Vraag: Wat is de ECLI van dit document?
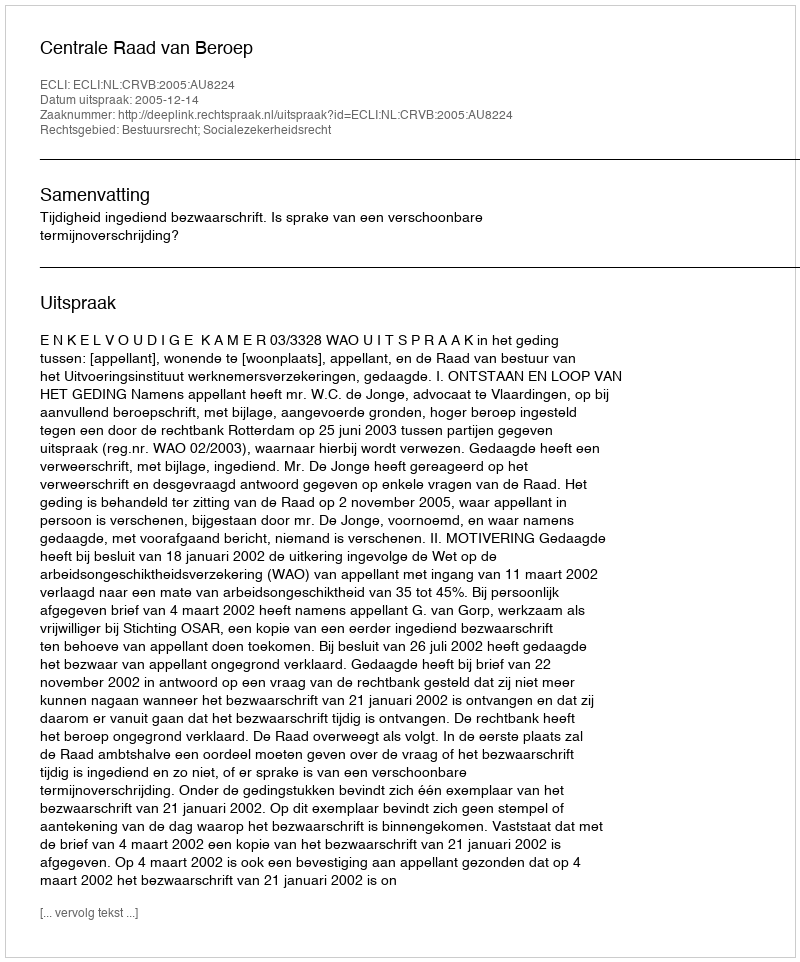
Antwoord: ECLI:NL:CRVB:2005:AU8224